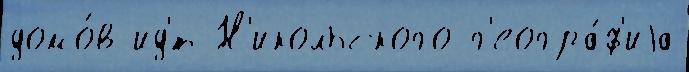
домо́в ид'́т Н'икольского г'еогра́ф'иjа